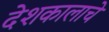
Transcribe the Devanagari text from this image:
देशकालाचे